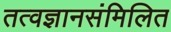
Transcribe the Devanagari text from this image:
तत्वज्ञानसंमिलित